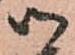
御